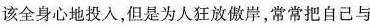
该全身心地投入,但是为人狂放傲岸,常常把自己与